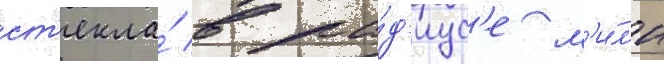
ст'екла́ в ра́д'иус'е м'и́л'и